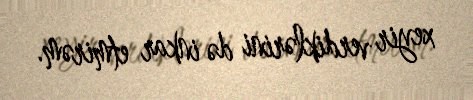
xeyir verdiklərini də inkar etmirəm.